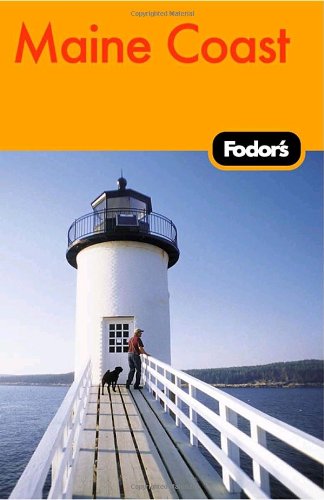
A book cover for Fodor's Maine Coast, 1st Edition (Fodor's Gold Guides); Fodor's; Travel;